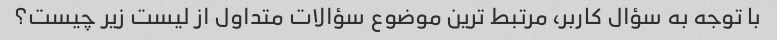
با توجه به سؤال کاربر، مرتبط ترین موضوع سؤالات متداول از لیست زیر چیست؟